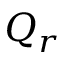
Q _ { r }